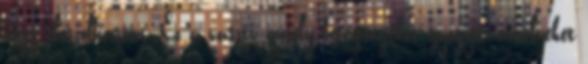
hogy eloszolhasson. Ez a vaszti, amely betegségeket gyógyít, amelyeket